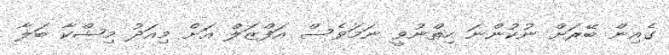
ގެއިން ބޭރަށް ނުކުންނަ ހިތްނުވީ ނަމަވެސް އަފްޒަލް އަށް މިއަދު މިޝްކާ ބަލާ